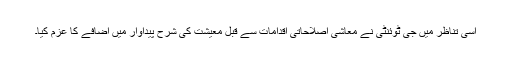
اسی تناظر میں جی ٹوئنٹی نے معاشی اصلاحاتی اقدامات سے قبل معیشت کی شرح پیداوار میں اضافے کا عزم کیا۔